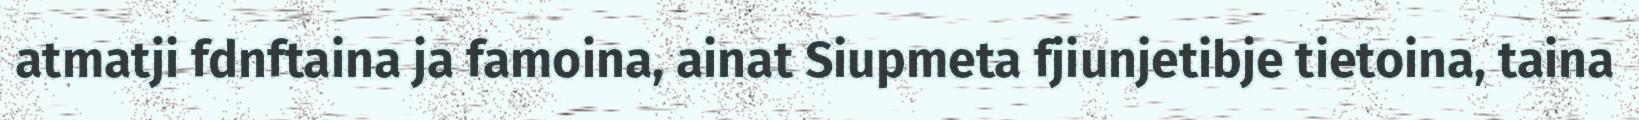
atmatji fdnftaina ja famoina, ainat Siupmeta fjiunjetibje tietoina, taina